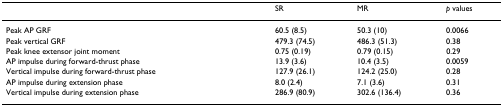
|  | SR | MR | p values |
 | --- | --- | --- | --- |
 | Peak AP GRF | 60.5 (8.5) | 50.3 (10) | 0.0066 |
 | Peak vertical GRF | 479.3 (74.5) | 486.3 (51.3) | 0.38 |
 | Peak knee extensor joint moment | 0.75 (0.19) | 0.79 (0.15) | 0.29 |
 | AP impulse during forward-thrust phase | 13.9 (3.6) | 10.4 (3.5) | 0.0059 |
 | Vertical impulse during forward-thrust phase | 127.9 (26.1) | 124.2 (25.0) | 0.28 |
 | AP impulse during extension phase | 8.0 (2.4) | 7.1 (3.6) | 0.31 |
 | Vertical impulse during extension phase | 286.9 (80.9) | 302.6 (136.4) | 0.36 |